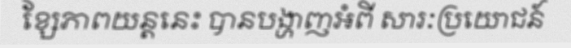
ខ្សែភាពយន្តនេះ បានបង្ហាញអំពី សារៈប្រយោជន៍